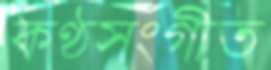
কণ্ঠসংগীত